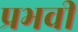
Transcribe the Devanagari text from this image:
प्रभवी